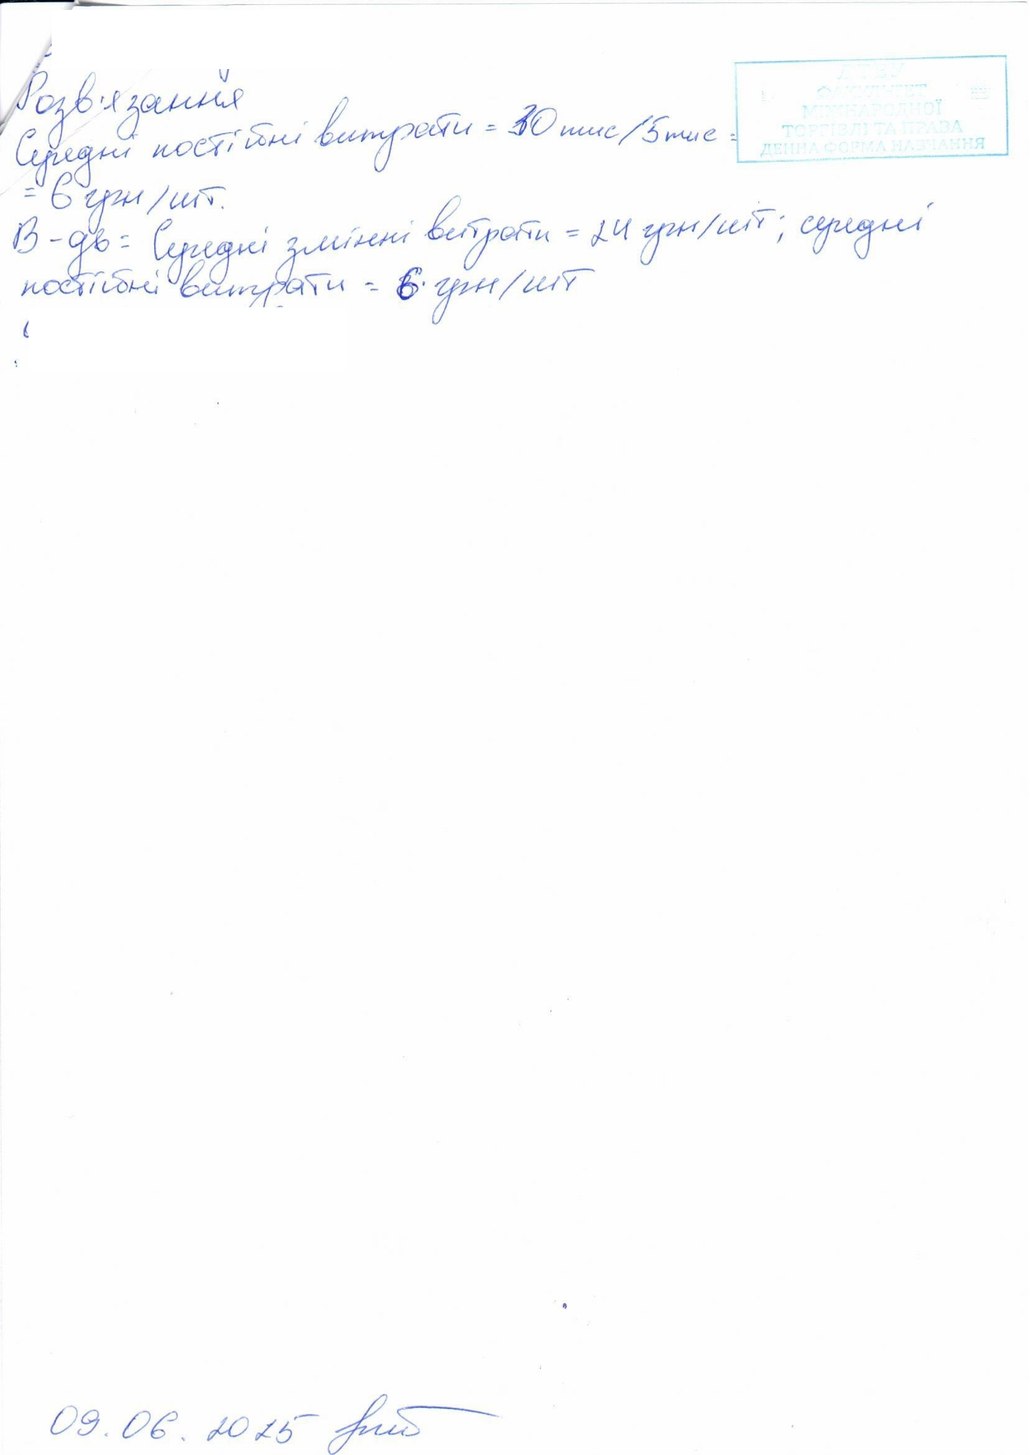
Розв'язання
Середні постійні витрати = 30тис/5тис=
= 6 грн/шт.
В-дь = Середні змінні витрати = 24 грн/шт; середні
постійні витрати = 6 грн/шт